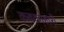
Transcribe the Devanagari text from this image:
कवकाहारी